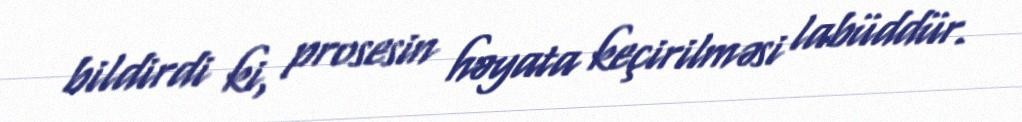
bildirdi ki, prosesin həyata keçirilməsi labüddür.